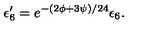
\epsilon _ { 6 } ^ { \prime } = e ^ { - ( 2 \phi + 3 \psi ) / 2 4 } \epsilon _ { 6 } .